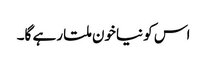
اس کو نیاخون ملتا رہے گا۔